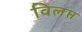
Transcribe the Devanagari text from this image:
विलप्त